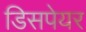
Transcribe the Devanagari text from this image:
डिसपेयर